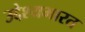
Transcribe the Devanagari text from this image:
उद्देश्यभारत